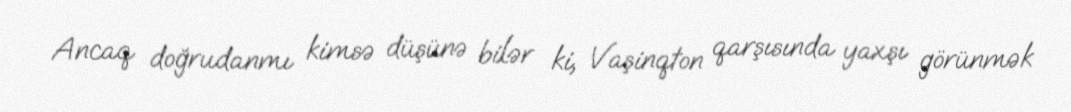
Ancaq doğrudanmı kimsə düşünə bilər ki, Vaşinqton qarşısında yaxşı görünmək